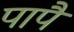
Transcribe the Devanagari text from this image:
पापै